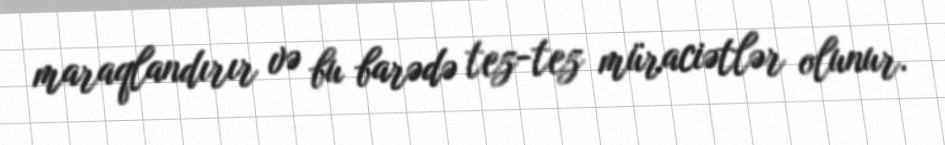
maraqlandırır və bu barədə tez-tez müraciətlər olunur.